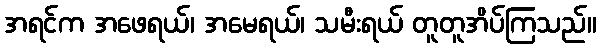
အရင်က အဖေရယ်၊ အမေရယ်၊ သမီးရယ် တူတူအိပ်ကြသည်။